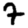
Digit: 7